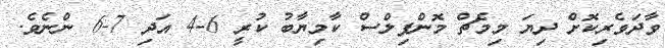
ވާދަވެރިކޮށް ދިޔަ މިމެޗް މޮންފިލްސް ކާމިޔާބު ކުރީ 6-4 އަދި 7-6 ންނެވެ.